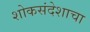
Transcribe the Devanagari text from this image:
शोकसंदेशाचा